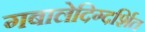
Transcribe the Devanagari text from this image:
गबालेदिग्दर्शित